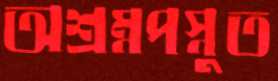
অশ্রম্নপস্নুত